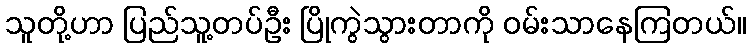
သူတို့ဟာ ပြည်သူ့တပ်ဦး ပြိုကွဲသွားတာကို ဝမ်းသာနေကြတယ်။